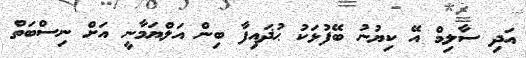
އަދި ސާލިމް އޭ ކިޔުނު ބޭފުޅަކު ޙުޛައިފާ ބިން އަލްޔަމާނީ އަށް ނިސްބަތް